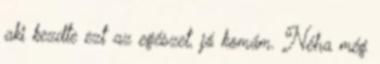
aki kezdte ezt az egészet, jó komám. Néha még